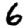
Digit: 6